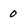
Character: 0